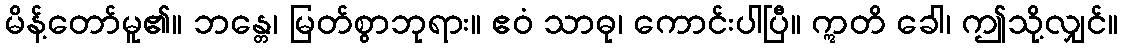
မိန့်တော်မူ၏။ ဘန္တေ၊ မြတ်စွာဘုရား။ ဧဝံ သာဓု၊ ကောင်းပါပြီ။ ဣတိ ခေါ၊ ဤသို့လျှင်။